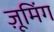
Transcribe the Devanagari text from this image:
ज़ूमिंग